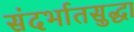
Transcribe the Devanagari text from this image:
संदर्भातसुद्धा